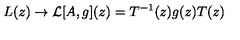
L ( z ) \rightarrow { \cal L } [ A , g ] ( z ) = T ^ { - 1 } ( z ) g ( z ) T ( z )